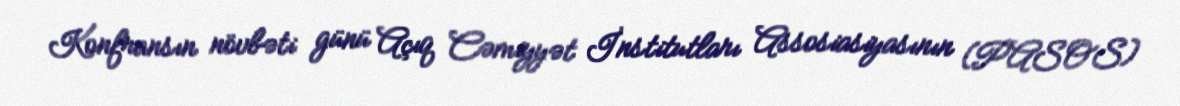
Konfransın növbəti günü Açıq Cəmiyyət İnstitutları Assosiasiyasının (PASOS)